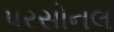
પરસોનલ